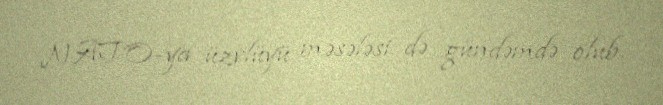
NATO-ya üzvlüyü məsələsi də gündəmdə olub.